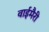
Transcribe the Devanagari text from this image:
वाईमैरी